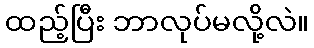
ထည့်ပြီး ဘာလုပ်မလို့လဲ။